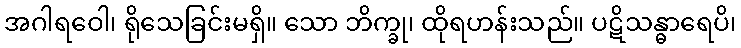
အဂါရဝေါ၊ ရိုသေခြင်းမရှိ။ သော ဘိက္ခု၊ ထိုရဟန်းသည်။ ပဋိသန္ဓာရေပိ၊